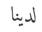
لدينا